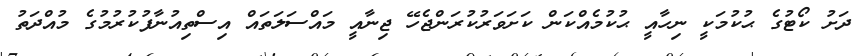
ދަށު ކޯޓުގެ ޙުކުމަކީ ނިހާއީ ޙުކުމެއްކަން ކަށަވަރުކުރަންޖެހޭ ޖިނާއީ މައްސަލަތައް އިސްތިއުނާފުކުރުމުގެ މުއްދަތު